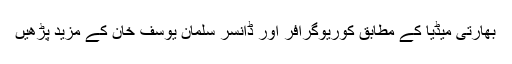
بھارتی میڈیا کے مطابق کوریوگرافر اور ڈانسر سلمان یوسف خان کے مزید پڑھیں